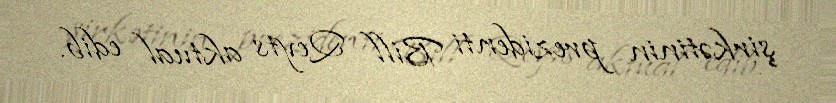
şirkətinin prezidenti Bill Qeyts aktual edib.